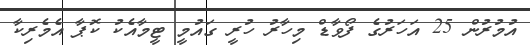
އުމުރުން 25 އަހަރުގެ ފޯވާޑް މިހާރު ހުރީ ގައުމީ ޓީމާއެކު ކޮޕާ އެމެރިކާ